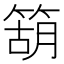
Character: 箶